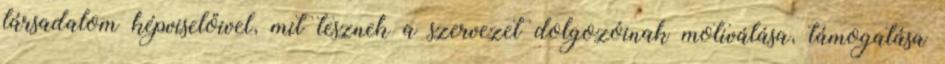
társadalom képviselőivel, mit tesznek a szervezet dolgozóinak motiválása, támogatása